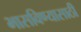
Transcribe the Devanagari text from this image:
भासविण्यासाठी